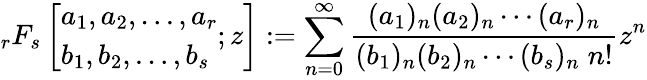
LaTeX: _{r}F_{s}\left[{\begin{array}{l}{a_{1},a_{2},\dotsc,a_{r}}\\ {b_{1},b_{2},\dotsc,b_{s}}\end{array}};z\right]:=\sum_{n=0}^{\infty}{\frac{(a_{1})_{n}(a_{2})_{n}\dotsb(a_{r})_{n}}{(b_{1})_{n}(b_{2})_{n}\dotsb(b_{s})_{n}\; n!}}z^{n}